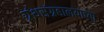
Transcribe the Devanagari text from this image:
ग्रंथसंग्रहालयाच्या़